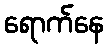
ရောက်နေ